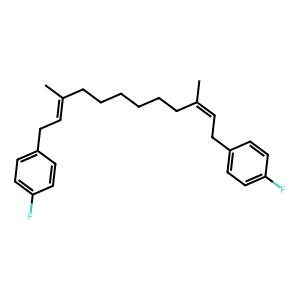
SMILES: CC(=CCc1ccc(F)cc1)CCCCCCC(C)=CCc1ccc(F)cc1
Inhibits HIV replication: No